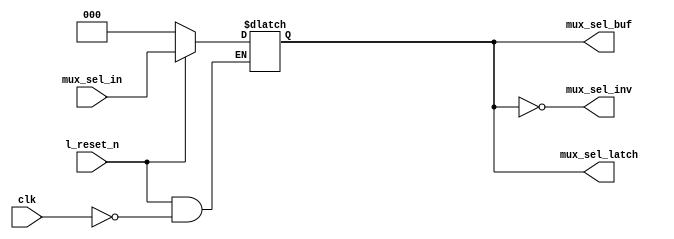
// This program was cloned from: https://github.com/chipsalliance/aib-phy-hardware
// License: Apache License 2.0

// SPDX-License-Identifier: Apache-2.0
// Copyright (C) 2019 Intel Corporation. 

//-------------------------------------------------------------------------------------------------------------------------------------------------------------------------
// io_interp_latch_in :   mux_sel latches
//-------------------------------------------------------------------------------------------------------------------------------------------------------------------------

module io_interp_latch_in (
input             l_reset_n,        	// Active low reset
input             clk,      	 	// clock for latch
input       [2:0] mux_sel_in,       	// The gray code to control (even) of the 8 to 1 phase multiplexer
output reg  [2:0] mux_sel_latch,    	// latched gray code to control (even) of the 8 to 1 phase multiplexer
output 	    [2:0] mux_sel_buf,    	// buffered gray code to control (even) of the 8 to 1 phase multiplexer
output 	    [2:0] mux_sel_inv    	// inverted gray code to control (even) of the 8 to 1 phase multiplexer
);

`ifdef TIMESCALE_EN
                timeunit 1ps;
                timeprecision 1ps;
`endif

parameter  INV_DELAY      = 15;  // 15ps
parameter  LATCH_DELAY    = 50;  // 50ps
parameter  BUF_DELAY      = 25;  // 25ps
parameter  MUX_DELAY      = 50;  // 50ps

//=========================================================================================================================================================================
// io_interpolator_mux selects 3 of the 8 input clock phases (A complimentary set) 
//=========================================================================================================================================================================

always @(*) 
  if (~l_reset_n)         mux_sel_latch[2:0] <= #LATCH_DELAY 3'h0;
  else if (clk) mux_sel_latch[2:0] <= #LATCH_DELAY mux_sel_in[2:0];

assign mux_sel_buf = mux_sel_latch[2:0];
assign mux_sel_inv = ~mux_sel_latch[2:0];

endmodule